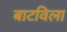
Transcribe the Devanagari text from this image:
बाटविला